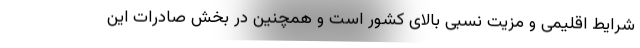
شرایط اقلیمی و مزیت نسبی بالای کشور است و همچنین در بخش صادرات این